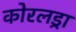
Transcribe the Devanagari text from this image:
कोरलड्रा